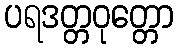
ပရဒတ္တဝုတ္တော